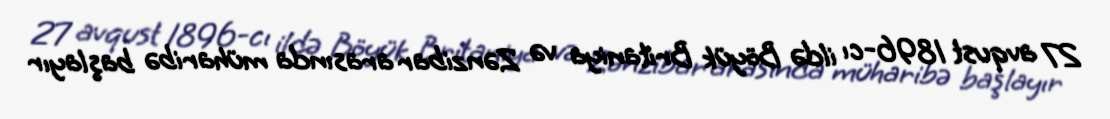
27 avqust 1896-cı ildə Böyük Britaniya və Zənzibar arasında müharibə başlayır